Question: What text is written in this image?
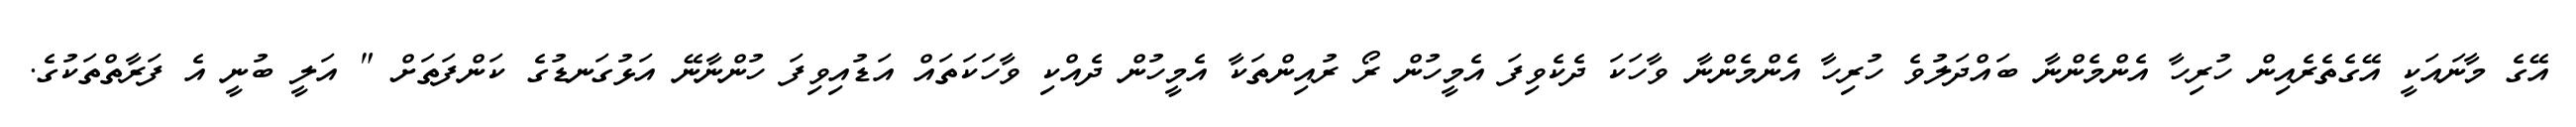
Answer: އޭގެ މާނައަކީ އޭގެތެރެއިން ހުރިހާ އެންމެންނާ ބައްދަލުވެ ހުރިހާ އެންމެންނާ ވާހަކަ ދެކެވިފަ އެމީހުން ރޯ ރުއިންތަކާ އެމީހުން ދެއްކި ވާހަކަތައް އަޑުއިވިފަ ހުންނާނޭ އަޅުގަނޑުގެ ކަންފަތަށް " އަލީ ބުނީ އެ ފަރާތްތަކުގެ.